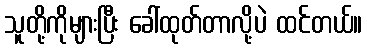
သူတို့ကိုများပြီး ခေါ်ထုတ်တာလို့ပဲ ထင်တယ်။